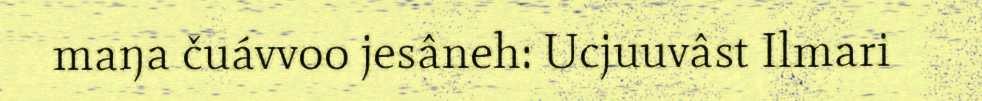
maŋa čuávvoo jesâneh: Ucjuuvâst Ilmari